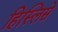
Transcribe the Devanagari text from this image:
हिस्लिसे